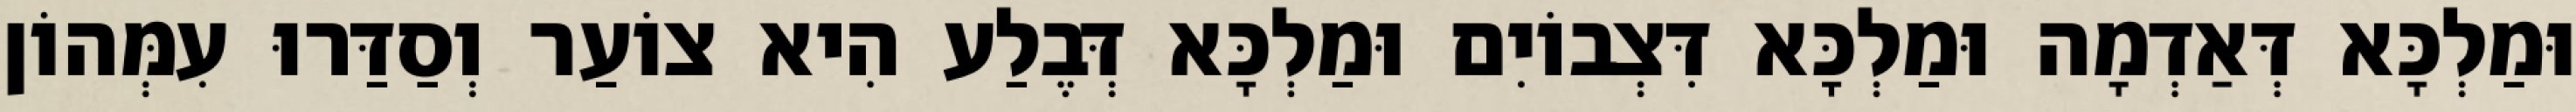
וּמַלְכָּא דְּאַדְמָה וּמַלְכָּא דִּצְבוֹיִם וּמַלְכָּא דְּבֶלַע הִיא צוֹעַר וְסַדַּרוּ עִמְּהוֹן